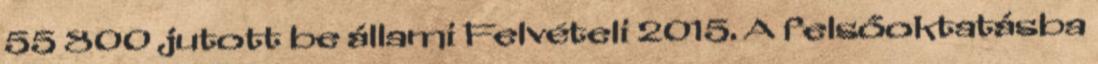
55 800 jutott be állami Felvételi 2015. A felsőoktatásba